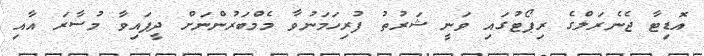
އޮޑިޓާ ޖެނެރަލްގެ ރިޕޯޓުގައި ވަނީ ޝަރުތު ފުރިހަމަނުވާ މެމްބަރުންނަށް ދީފައިވާ މުސާރަ އާއި